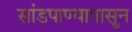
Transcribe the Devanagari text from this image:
सांडपाण्यापासून